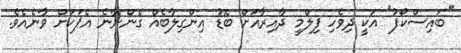
"ބައިސްކޯފު" އަކީ ދިވެހި ފިލްމީ ދާއިރާއަށް ބޮޑު އިންގިލާބެއް ގެންނާނެ އެޕަކަށް ވާނެއެވެ.